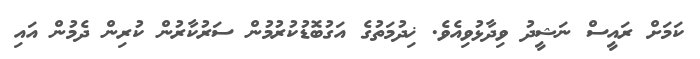
ކަމަށް ރައީސް ނަޝީދު ވިދާޅުވިއެވެ. ޚިދުމަތުގެ އަގުބޮޑުކުރުމުން ސަރުކާރުން ކުރިން ދެމުން އައި